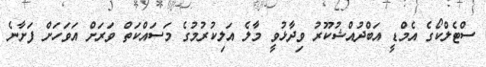
ސްޓެލްކޯގެ އެމްޑީ އަބްދުއްޝުކޫރު ވިދާޅުވީ މާލެ އަލިކުުރުމުގެ މަސައްކަތް ވަރަށް އަވަހަށް ފަށާނެ